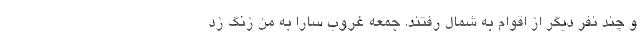
و چند نفر دیگر از اقوام به شمال رفتند. جمعه غروب سارا به من زنگ زد